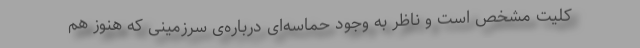
کلیت مشخص است و ناظر به وجود حماسه‌ای درباره‌ی سرزمینی که هنوز هم